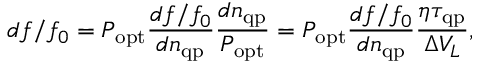
d f / f _ { 0 } = P _ { \mathrm { o p t } } \frac { d f / f _ { 0 } } { d n _ { \mathrm { q p } } } \frac { d n _ { \mathrm { q p } } } { P _ { \mathrm { o p t } } } = P _ { \mathrm { o p t } } \frac { d f / f _ { 0 } } { d n _ { \mathrm { q p } } } \frac { \eta \tau _ { \mathrm { q p } } } { \Delta V _ { L } } ,